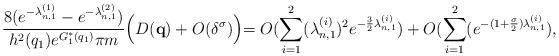
LaTeX: \begin{align*}\begin{aligned} &{ \frac{8(e^{-\lambda_{n,1}^{(1)}}-e^{-\lambda_{n,1}^{(2)}}) }{h^2(q_1)e^{G_1^*(q_1)}\pi m}\Big( D(\mathbf{q}) +O(\delta^\sigma)\Big)}{ = O(\sum_{i=1}^2(\lambda_{n,1}^{(i)})^2e^{-\frac{3}{2}\lambda_{n,1}^{(i)}})+O(\sum_{i=1}^2( e^{-(1+\frac{\sigma}{2})\lambda_{n,1}^{(i)}}),}\end{aligned}\end{align*}